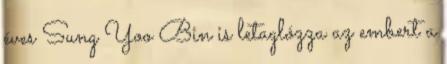
éves Sung Yoo Bin is letaglózza az embert a